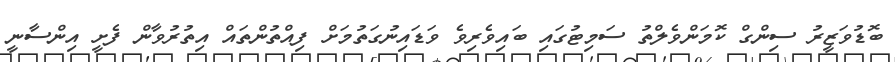
ބޮޑުވަޒީރު ސިންގް ކޮމަންވެލްތު ސަމިޓުގައި ބައިވެރިވެ ވަޑައިނުގަތުމަށް ފިއްތުންތައް އިތުރުވާން ފެށީ އިންސާނީ